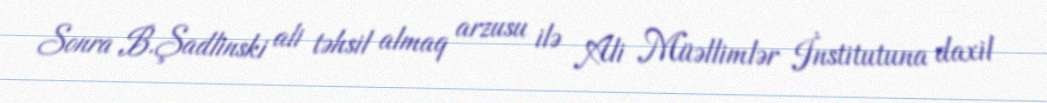
Sonra B.Şadlinski ali təhsil almaq arzusu ilə Ali Müəllimlər İnstitutuna daxil